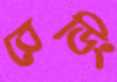
রেডিং